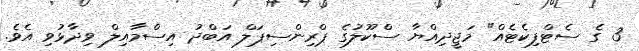
3 ގެ ސެޓްފިކެޓެއް" މަޖީދިއްޔާ ސްކޫލުގެ ޕްރިންސިޕަލް އަބްދު އިސްމާއިލް ވިދާޅުވި އެވެ.